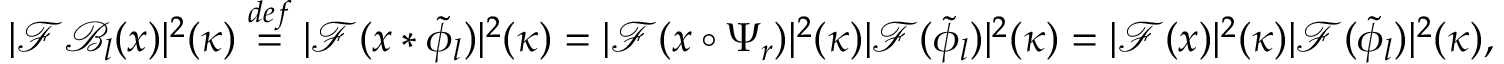
| \mathcal { F } \mathcal { B } _ { l } ( x ) | ^ { 2 } ( \kappa ) \overset { d e f } { = } | \mathcal { F } ( x * \tilde { \phi } _ { l } ) | ^ { 2 } ( \kappa ) = | \mathcal { F } ( x \circ \Psi _ { r } ) | ^ { 2 } ( \kappa ) | \mathcal { F } ( \tilde { \phi } _ { l } ) | ^ { 2 } ( \kappa ) = | \mathcal { F } ( x ) | ^ { 2 } ( \kappa ) | \mathcal { F } ( \tilde { \phi } _ { l } ) | ^ { 2 } ( \kappa ) ,